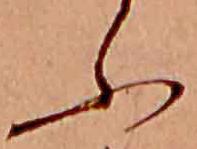
ふ